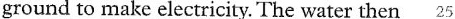
ground to make electricity. The water then 25